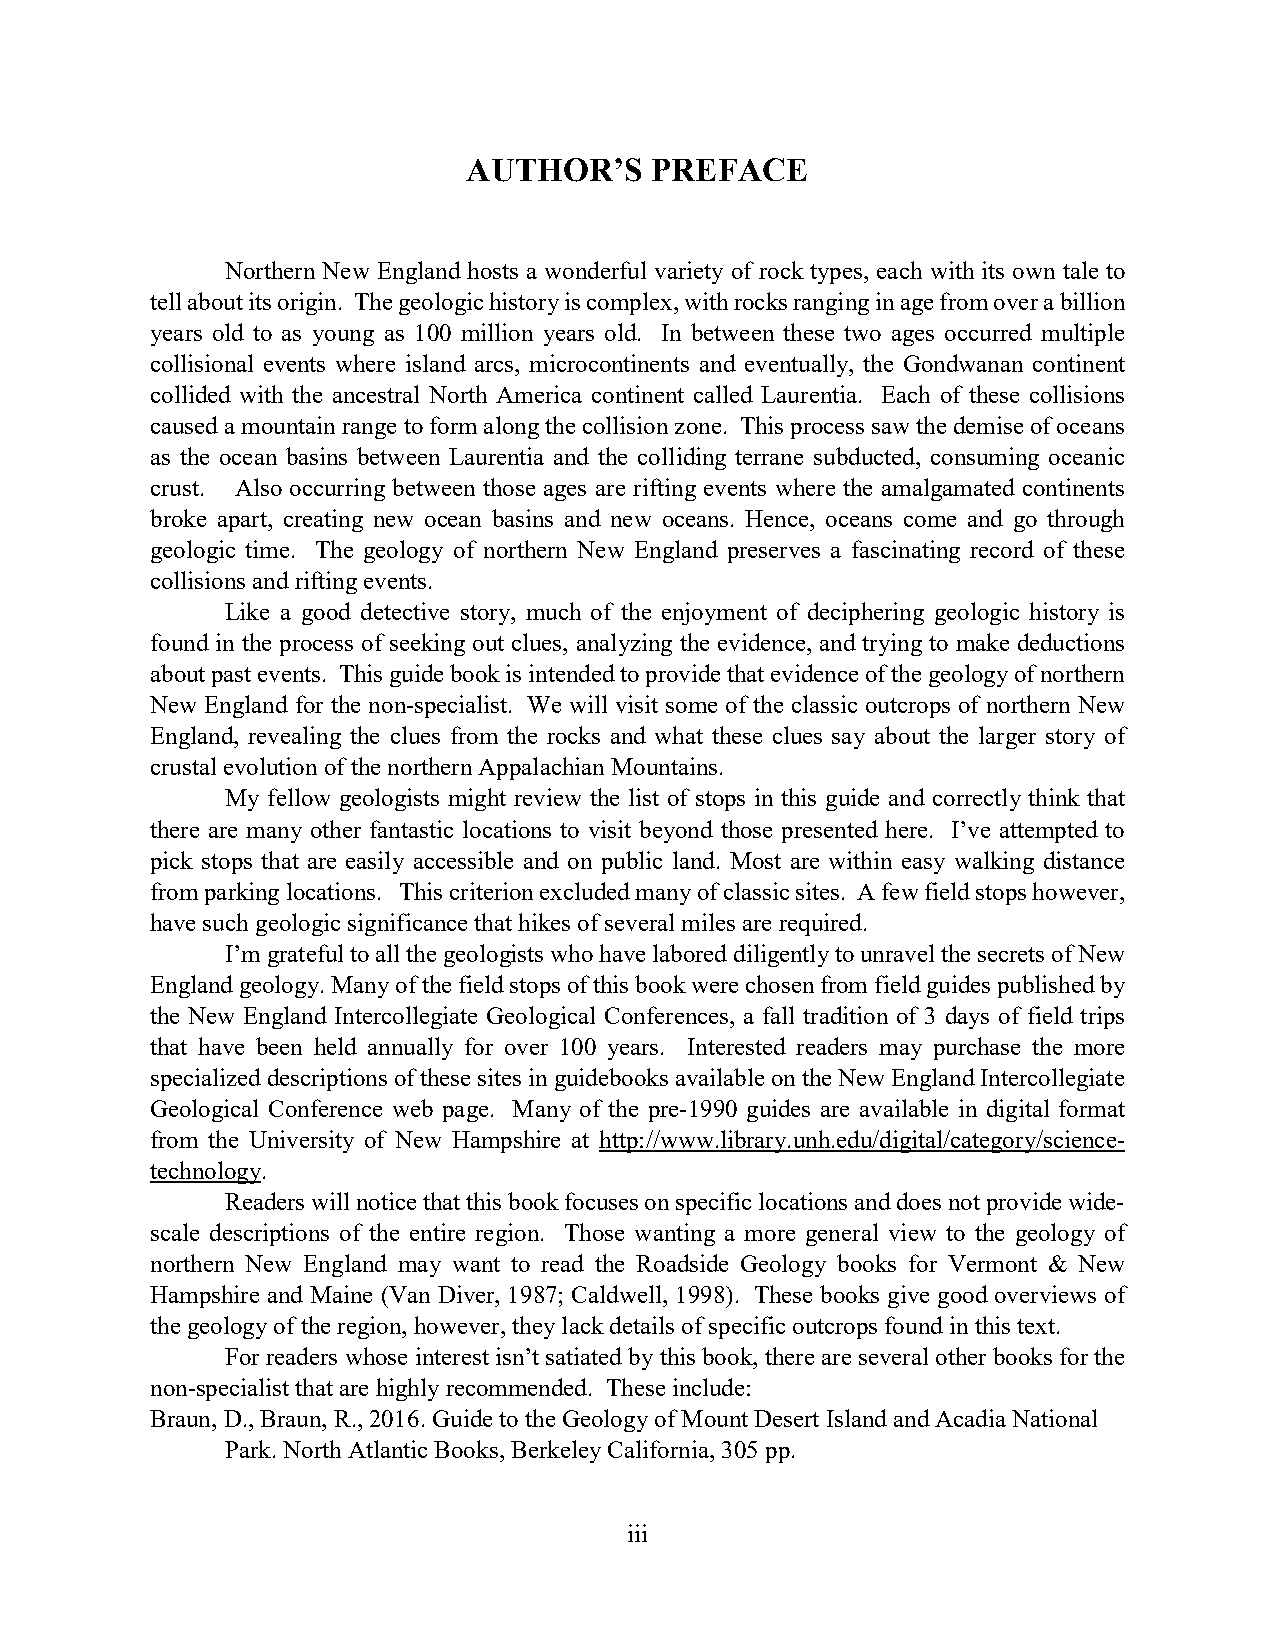
AUTHOR’S    PREFACE
 Northern New England hosts a wonderful variety of rock types, each with its own tale to
 tell about its origin. The geologic history is complex, with rocks ranging in age from over a billion
 years old to as young as 100 million years old. In between these two ages occurred multiple
 collisional events where island arcs, microcontinents and eventually, the Gondwanan continent
 collided with the ancestral North America continent called Laurentia. Each of these collisions
 caused a mountain range to form along the collision zone. This process saw the demise of oceans
 as the ocean basins between Laurentia and the colliding terrane subducted, consuming oceanic
 crust. Also occurring between those ages are rifting events where the amalgamated continents
 broke apart, creating new ocean basins and new oceans. Hence, oceans come and go through
 geologic time. The geology of northern New England preserves a fascinating record of these
 collisions and rifting events.
 Like a good detective story, much of the enjoyment of deciphering geologic history is
 found in the process of seeking out clues, analyzing the evidence, and trying to make deductions
 about past events. This guide book is intended to provide that evidence of the geology of northern
 New England for the non-specialist. We will visit some of the classic outcrops of northern New
 England, revealing the clues from the rocks and what these clues say about the larger story of
 crustal evolution of the northern Appalachian Mountains.
 My fellow geologists might review the list of stops in this guide and correctly think that
 there are many other fantastic locations to visit beyond those presented here. I’ve attempted to
 pick stops that are easily accessible and on public land. Most are within easy walking distance
 from parking locations. This criterion excluded many of classic sites. A few field stops however,
 have such geologic significance that hikes of several miles are required.
 I’m grateful to all the geologists who have labored diligently to unravel the secrets of New
 England geology. Many of the field stops of this book were chosen from field guides published by
 the New England Intercollegiate Geological Conferences, a fall tradition of 3 days of field trips
 that have been held annually for over 100 years. Interested readers may purchase the more
 specialized descriptions of these sites in guidebooks available on the New England Intercollegiate
 Geological Conference web page. Many of the pre-1990 guides are available in digital format
 from the University of New Hampshire at http://www.library.unh.edu/digital/category/science-
 technology.
 Readers will notice that this book focuses on specific locations and does not provide wide-
 scale descriptions of the entire region. Those wanting a more general view to the geology of
 northern New England may want to read the Roadside Geology books for Vermont & New
 Hampshire and Maine (Van Diver, 1987; Caldwell, 1998). These books give good overviews of
 the geology of the region, however, they lack details of specific outcrops found in this text.
 For readers whose interest isn’t satiated by this book, there are several other books for the
 non-specialist that are highly recommended. These include:
 Braun, D., Braun, R., 2016. Guide to the Geology of Mount Desert Island and Acadia National
 Park. North Atlantic Books, Berkeley California, 305 pp.
 iii